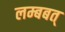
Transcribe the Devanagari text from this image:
लम्बबत्